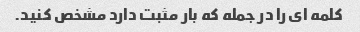
کلمه ای را در جمله که بار مثبت دارد مشخص کنید.